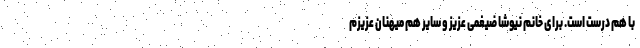
با هم درست است. برای خانم نیوشا ضیغمی عزیز و سایر هم میهنان عزیزم